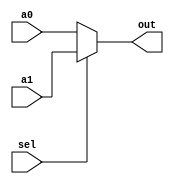
// Texas A&M University          //
// cpsc350 Computer Architecture //
// $Id: mux.v,v 1.1 2001/11/07 19:24:39 miket Exp miket $ //
// Multiplexers of various bit-sizes and input to output mapping //
module MUX32_2to1(a0, a1, sel, out);
   input [31:0] a0, a1;
   input 	sel;
   output [31:0] out;
   reg [31:0] 	 out;
   
   always @(a0 or a1 or sel)
      if (sel == 0) out = a0;
      else          out = a1;
endmodule // MUX32_2to1


module MUX32_3to1(a0, a1, a2, sel, out);
   input [31:0] a0, a1, a2;
   input [1:0] 	sel;
   output [31:0] out;
   reg [31:0] 	 out;
   
   always @(a0 or a1 or a2 or sel)
      if (sel == 0) out = a0;
      else if (sel == 1) out = a1;
	   else out = a2;
endmodule // MUX32_3to1


module MUX5_2to1(a0, a1, sel, out);
   input [4:0]  a0, a1;
   input 	sel;
   output [4:0] out;
   reg [4:0] 	out;
   
   always @(a0 or a1 or sel)
      if (sel == 0) out = a0;
      else          out = a1;
endmodule // MUX5_2to1